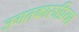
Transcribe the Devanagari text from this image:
जगतकारुप्रिया